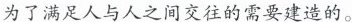
为了满足人与人之间交往的需要建造的。